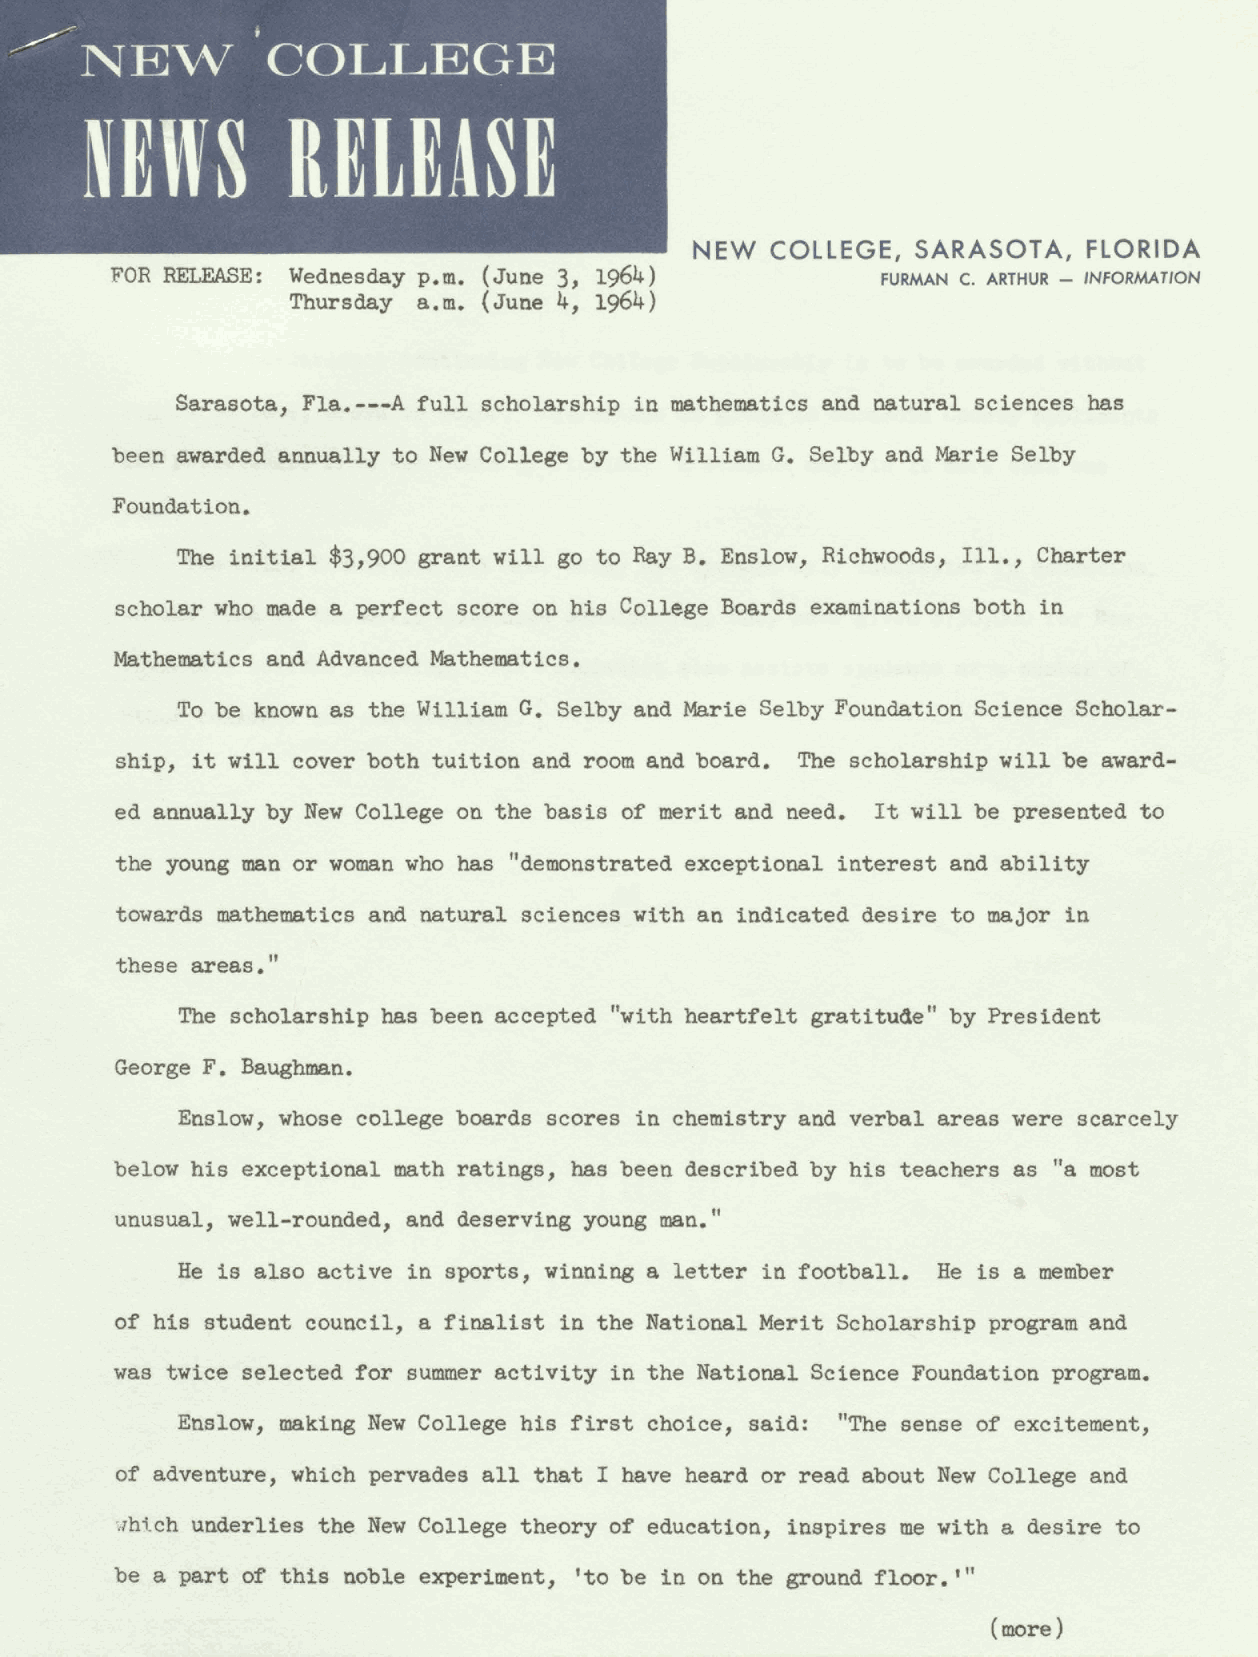
;
 NEW          COLLEGE
 NEWS          RELEASE
 NEW  COLLEGE,  SARASOTA,  FLORIDA
 FOR RELEASE: Wednesday p.m. (June 3, 1964)
 FURMAN C. ARTHUR - INFORMATION
 Thursday a.m. (June 4, 1964)
 Sarasota, Fla.---A full scholarship in mathematics and natural sciences has
 been awarded annually to New College by the William G. Selby and Marie Selby
 Foundation.
 The initial $3,900 grant will go to Ray B. Enslow, Richwoods, Ill., Charter
 scholar who made a perfect score on his College Boards examinations both in
 Mathematics and Advanced Mathematics.
 To be known as the William G. Selby and Marie Selby Foundation Science Scholar-
 ship, it will cover both tuition and room and board. The scholarship will be award-
 ed annually by New College on the basis of merit and need. It will be presented to
 the young man or woman who has "demonstrated exceptional interest and ability
 towards mathematics and natural sciences with an indicated desire to major in
 these areas."
 The scholarship has been accepted "with heartfelt gratitude" by President
 George F. Baughman.
 Enslow, whose college boards scores in chemistry and verbal areas were scarcely
 below his exceptional math ratings, has been described by his teachers as "a most
 unusual, well-rounded, and deserving young man."
 He is also active in sports, winning a letter in football. He is a member
 of his student council, a finalist in the National Merit Scholarship program and
 was twice selected for summer activity in the National Science Foundation program.
 Enslow, making New College his first choice, said: "The sense of excitement,
 of adventure, which pervades all that I have heard or read about New College and
 .;htch underlies the New College theory of education, inspires me with a desire to
 be a part of this noble experiment, 'to be in on the ground floor.'"
 (more)